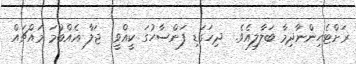
ރަށްޓެހިންނާދިމާ ބަލާލިއެވެ.  ދިހަގަޑި ފަންސާހުގަ ކީއްވީ  ޖަލާ އެއްބުމަ މައްޗައް